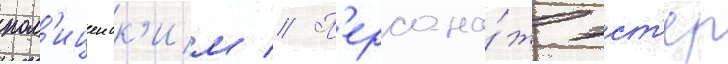
пол'ицеиск'им // П'ерсона́ж эст'ер